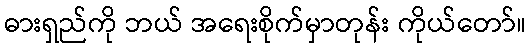
ဓားရှည်ကို ဘယ် အရေးစိုက်မှာတုန်း ကိုယ်တော်။